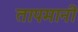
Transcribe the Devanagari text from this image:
तापमानी